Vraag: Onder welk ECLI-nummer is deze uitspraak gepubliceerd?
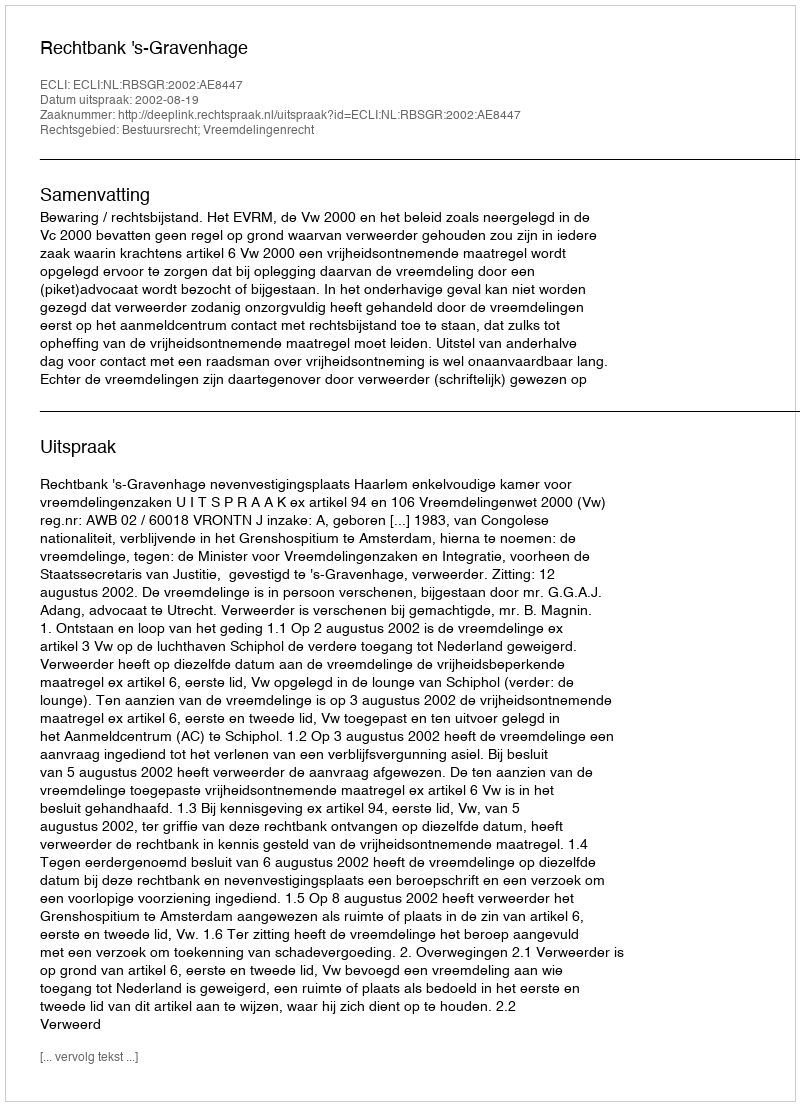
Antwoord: ECLI:NL:RBSGR:2002:AE8447